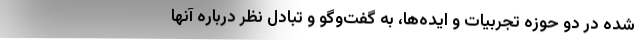
شده در دو حوزه تجربیات و ایده‌ها، به گفت‌وگو و تبادل نظر درباره آنها